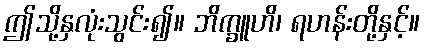
ဤသို့နှလုံးသွင်း၍။ ဘိက္ခူဟိ၊ ရဟန်းတို့နှင့်။